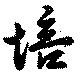
培